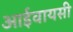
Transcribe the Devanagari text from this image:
आईवायसी